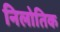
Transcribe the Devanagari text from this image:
निलोतिक